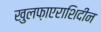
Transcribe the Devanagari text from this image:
खुलफ़ाएराशिदीन